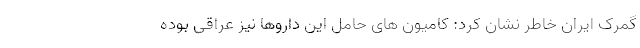
گمرک ایران خاطر نشان کرد: کامیون های حامل این داروها نیز عراقی بوده